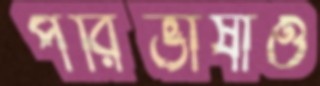
পরিভাষাও